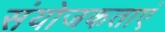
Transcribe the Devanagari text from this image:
संयोजकताएं